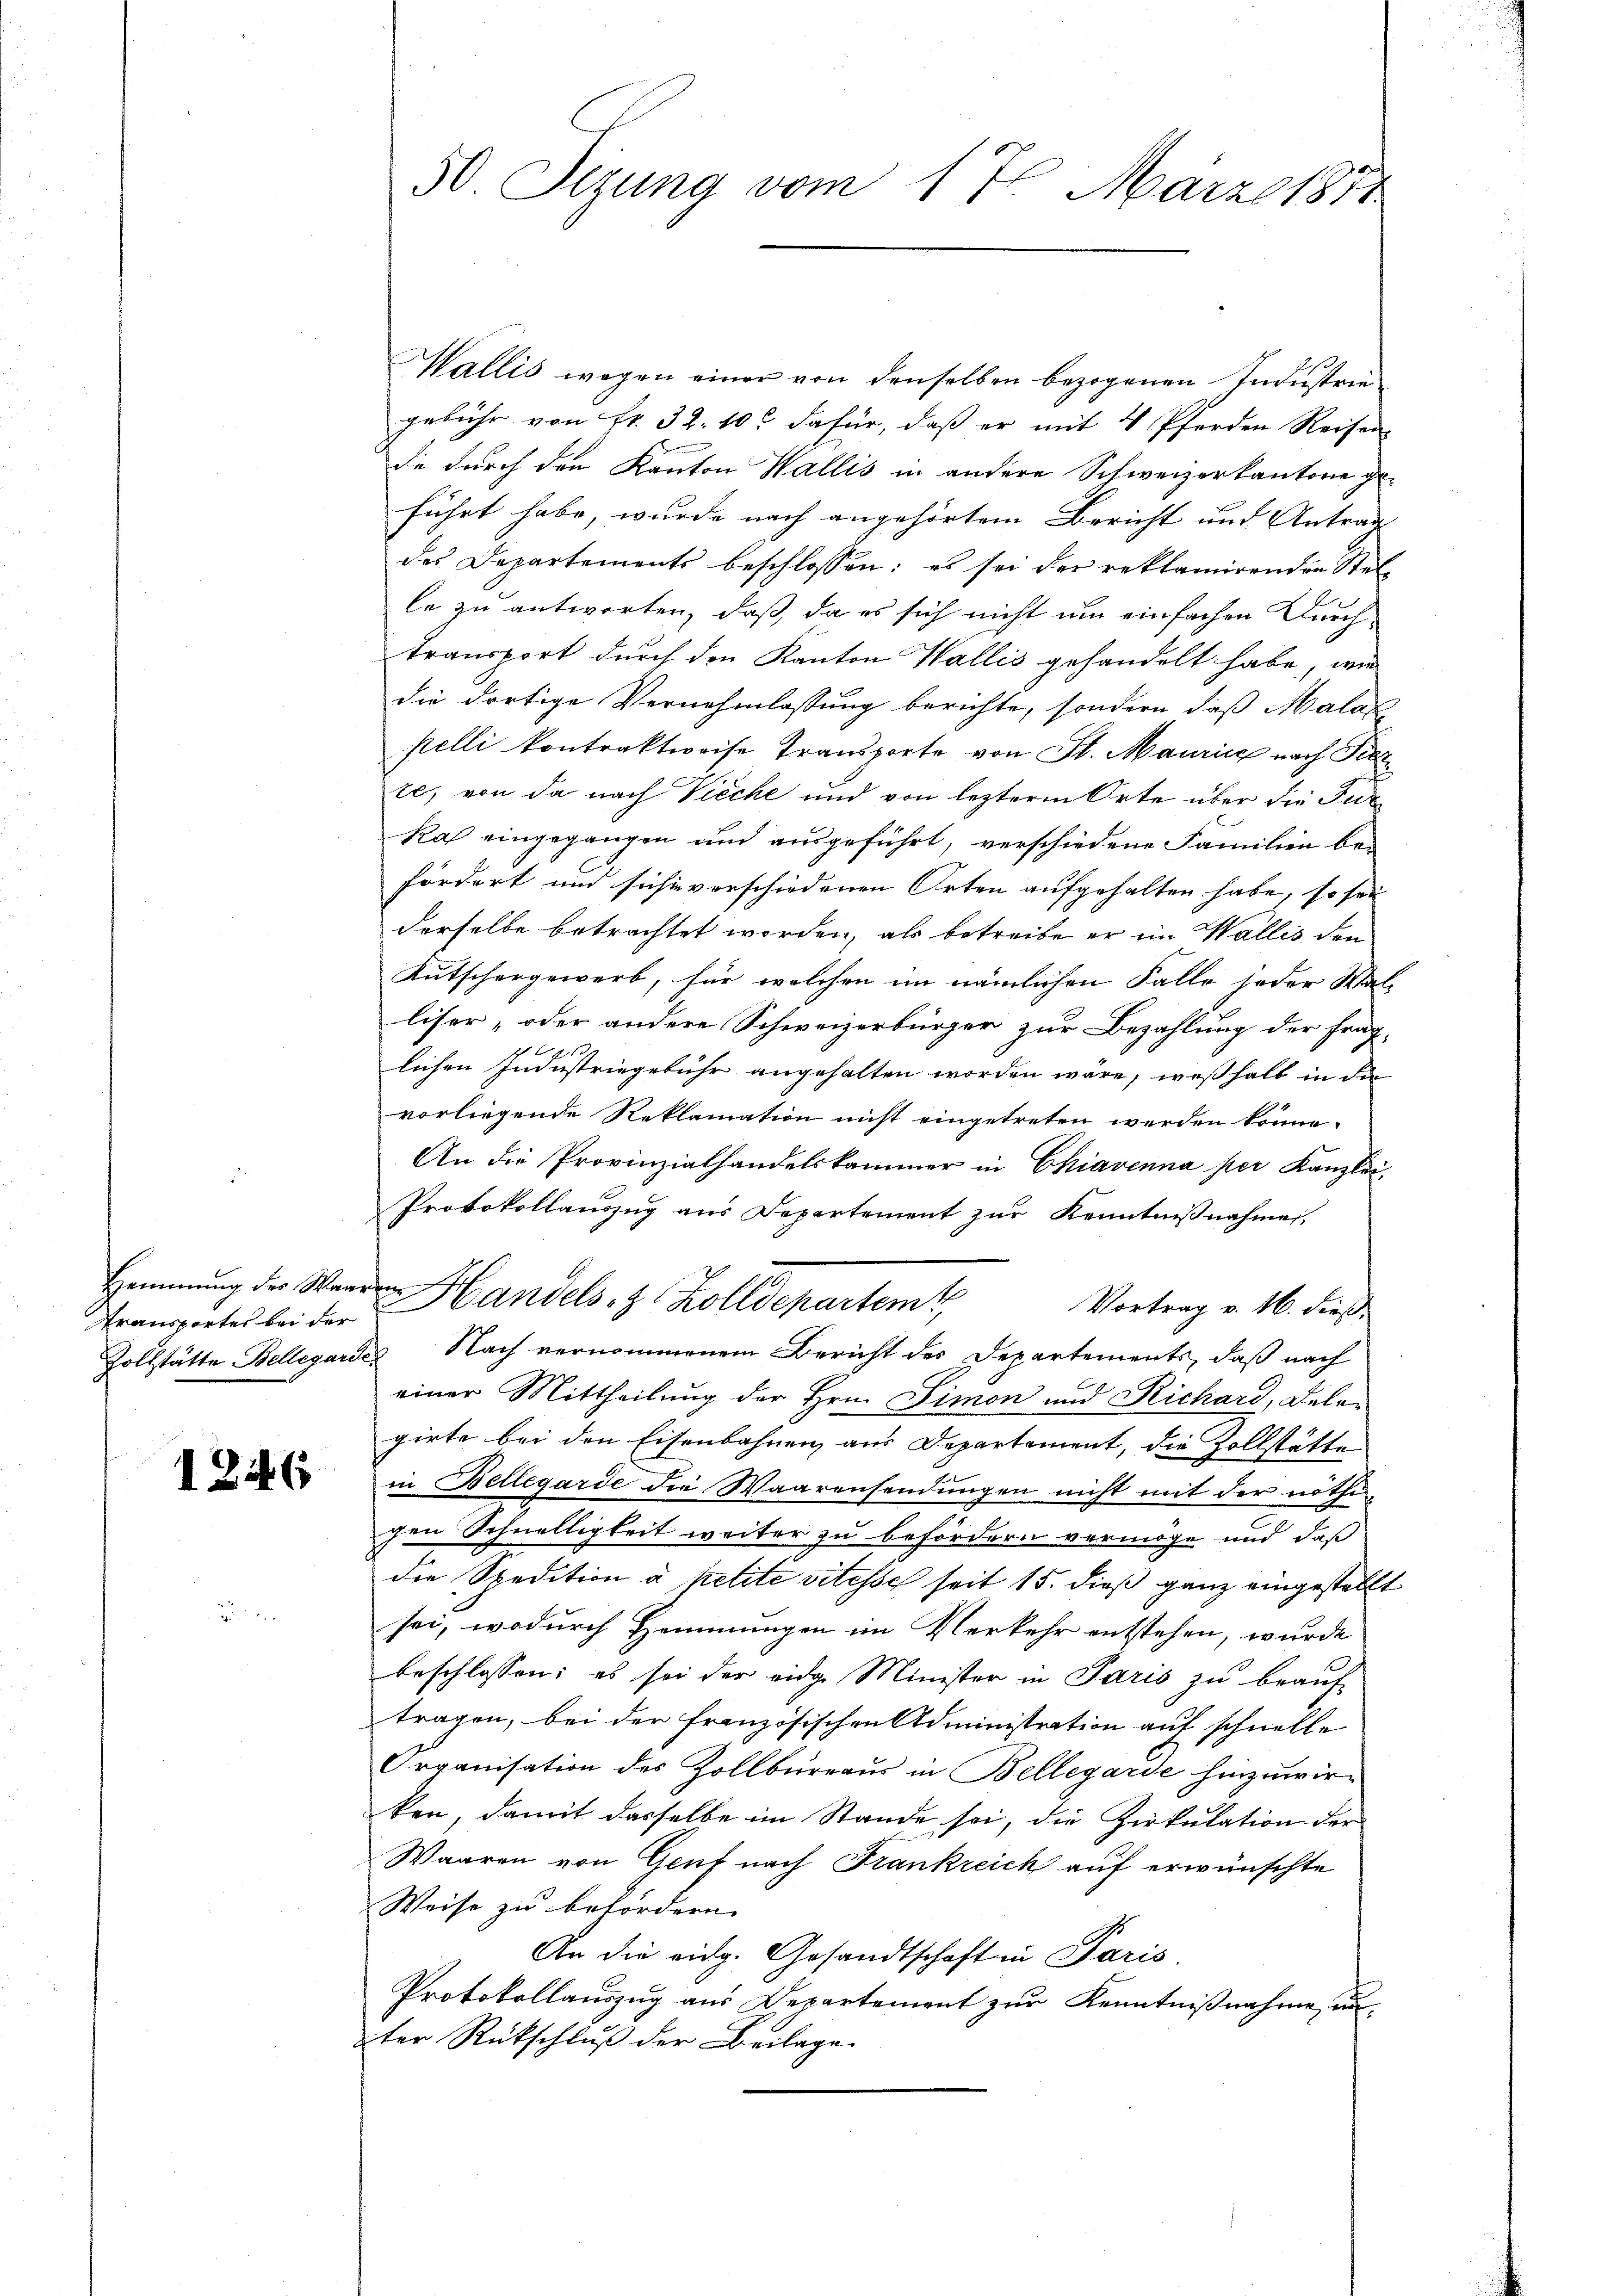
Hemmung der Wan
Transportes bei der
Zollstätte Bellegari

1246

50 Sizung vom 17. März 1871

Wallis wegen einer von denselben bezogenen Industriegebühr von Nr. 32. 10t dafür, daß er mit 4 Pferden Reisen
de durch den Kanton Wallis in andere Schweizerkantone geführt habe, wurde nach angehörtem Bericht und Antrag
des Departements beschlossen: es sei der reklamirenden Stelle zu antworten, daß da es sich nicht um einfachen Durchtransport durch den Kanton Wallis gehandelt habe, wie
die dortige Vernehmlassung berichte, sondern daß Malas
pelli kontraktweise Transporte von St. Maurice nach Fielte, von da nach Vieche und von lezterm Orte über die Jur
kas eingegangen und ausgeführt, verschiedene Familien befördert und sich in verschiedenen Orten aufgehalten habe, so sei
derselbe betrachtet worden, als betreibe er im Wallis den
Kutschergewerb, für welchen im nämlichen Falle jeder Walliser „oder andere Schweizerbürger zur Bezahlung der fraglichen Industriegebühr angehalten worden wäre, weßhalb in die
vorliegende Reklamation nicht eingetreten werden könne.
An die Provinzialhandelskammer in Chiavenna per Kanzlei-
Protokollauszug aus Departement zur Kenntnißnahmen.
d Handels- & Zolldepartem
Vortrag v. 16. dieß.
 Nach vernommenem Bericht des Departements, daß nach
einer Mittheilung der Hrn. Simon und Richard, Delen
girte bei den Eisenbahnen aus Departement, die Zollstätte
in Bellegarde die Waarensendungen nicht mit der nöthi-
d
gen Schnelligkeit weiter zu befördern vermöge und daß
die Spedition à petite vitesse seit 15. dieß ganz eingestellt
sei, wodurch Hemmungen im Verkehr entstehen, wurde
beschlossen: es sei der eidg. Minister in Paris zu beauf-
tragen, bei der französischen Administration auf schnelle
Organisation des Zollbüreaus in Bellegarde hinzuwirken, damit dasselbe im Stande sei, die Zirkulation der
Waaren von Genf nach Frankreich auf erwünschte
Weise zu befördern.
s
An die eidg. Gesandtschaft in Paris
Protokollauszug aus Departement zur Kenntnißnahme, un
ter Rückschluß der Beilage.